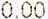
0.00